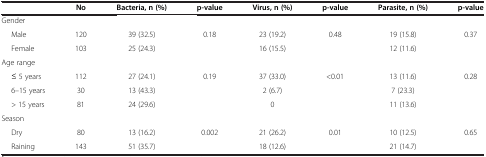
|  | No | Bacteria, n (%) | p-value | Virus, n (%) | p-value | Parasite, n (%) | p-value |
 | --- | --- | --- | --- | --- | --- | --- | --- |
 | Gender |  |  |  |  |  |  |  |
 | Male | 120 | 39 (32.5) | 0.18 | 23 (19.2) | 0.48 | 19 (15.8) | 0.37 |
 | Female | 103 | 25 (24.3) |  | 16 (15.5) |  | 12 (11.6) |  |
 | Age range |  |  |  |  |  |  |  |
 | ≤ 5 years | 112 | 27 (24.1) | 0.19 | 37 (33.0) | <0.01 | 13 (11.6) | 0.28 |
 | 6–15 years | 30 | 13 (43.3) |  | 2 (6.7) |  | 7 (23.3) |  |
 | > 15 years | 81 | 24 (29.6) |  | 0 |  | 11 (13.6) |  |
 | Season |  |  |  |  |  |  |  |
 | Dry | 80 | 13 (16.2) | 0.002 | 21 (26.2) | 0.01 | 10 (12.5) | 0.65 |
 | Raining | 143 | 51 (35.7) |  | 18 (12.6) |  | 21 (14.7) |  |